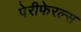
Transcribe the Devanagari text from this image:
पेरीफेरल्स